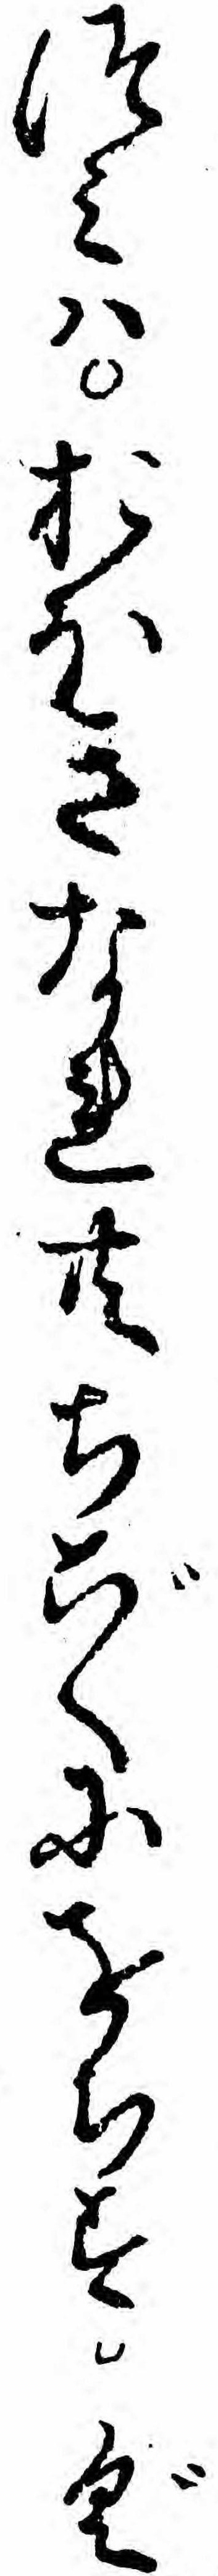
つミハおほきなれ共ちごくにをちすぐ